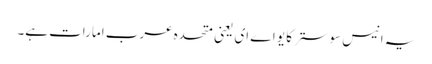
یہ انیس سو سترکا یو اے ای یعنی متحدہ عرب امارات ہے۔